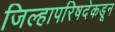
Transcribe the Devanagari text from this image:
जिल्हापरिषदेकडून